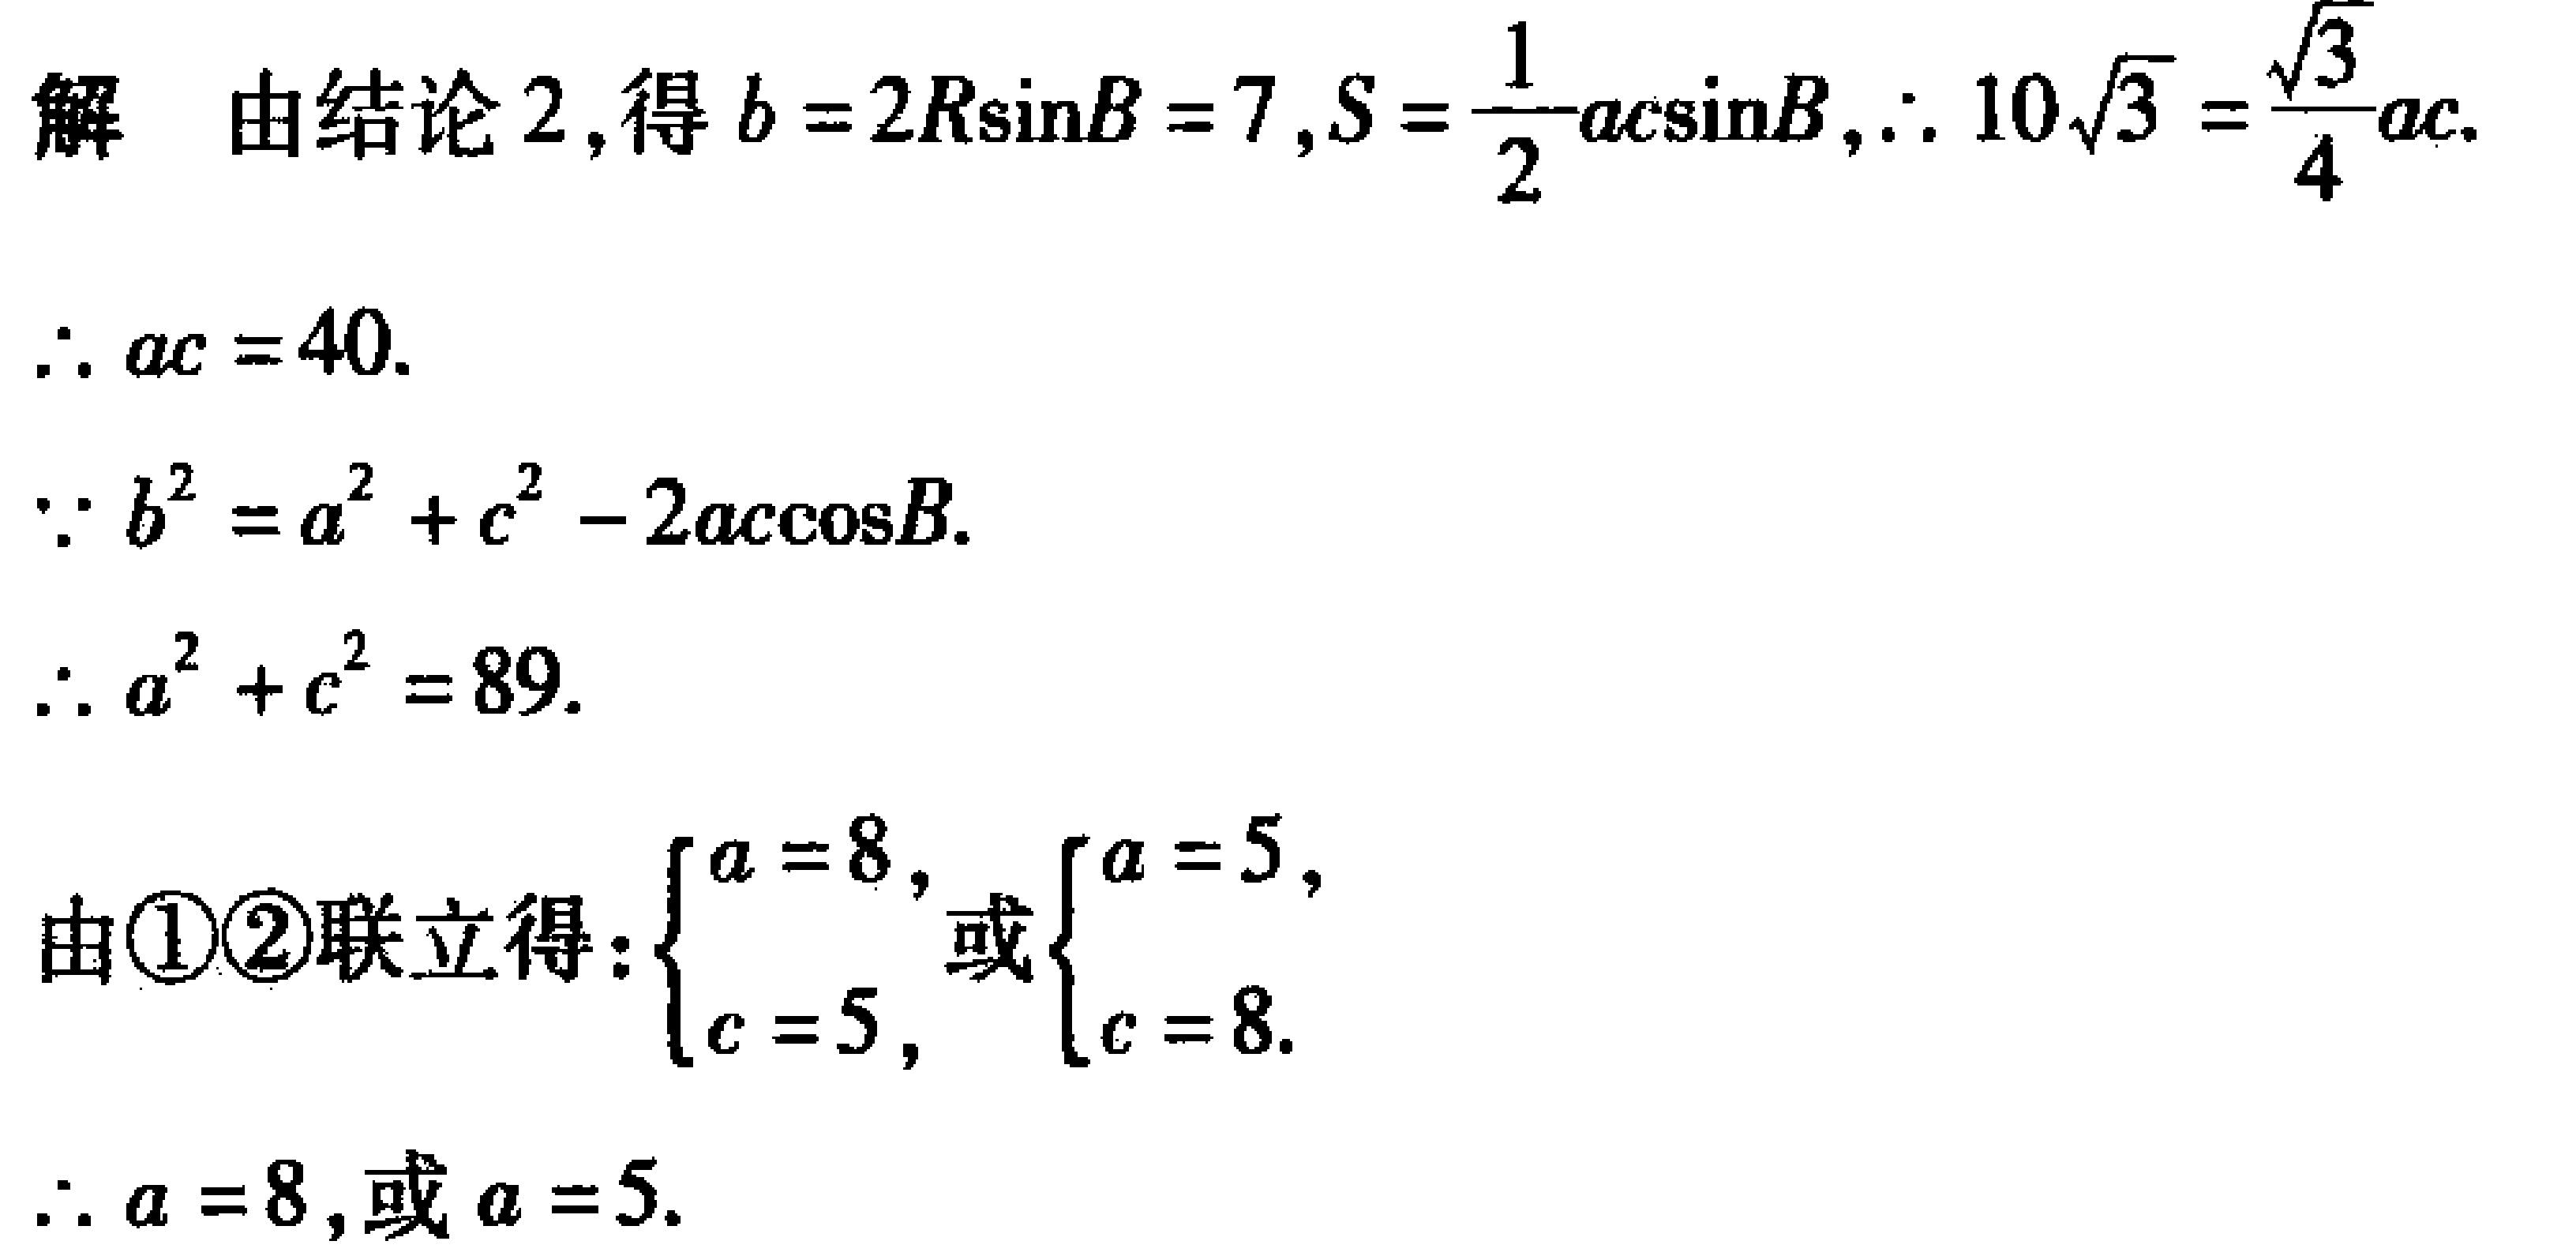
解 由结论2,得\(b = 2R\sin B = 7\),\(S=\frac{1}{2}ac\sin B\),\(\therefore 10\sqrt{3}=\frac{\sqrt{3}}{4}ac\).
\(\therefore ac = 40\).
\(\because b^{2}=a^{2}+c^{2}-2ac\cos B\).
\(\therefore a^{2}+c^{2}=89\).
由\textcircled{1}\textcircled{2}联立得：\(\begin{cases}a = 8,\\c = 5,\end{cases}\)或\(\begin{cases}a = 5,\\c = 8.\end{cases}\)
\(\therefore a = 8\),或\(a = 5\).